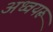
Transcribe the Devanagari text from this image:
अध्वयरू